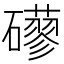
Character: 𥗀